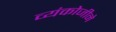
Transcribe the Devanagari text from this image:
व्यंकोजीने